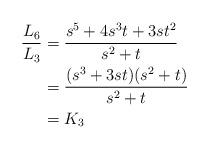
LaTeX: \begin{align*}\frac{L_6}{L_3} & = \frac{s^{5} + 4s^{3}t + 3st^{2}} {s^2+t}\\& = \frac{(s^3+3st)(s^2+t)}{s^2+t}\\& = K_3\end{align*}